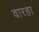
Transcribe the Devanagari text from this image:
वारहा